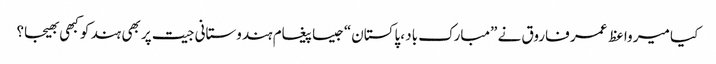
کیا میر واعظ عمر فاروق نے ”مبارک باد ،پاکستان“جیسا پیغام ہندوستانی جیت پر بھی ہند کو کبھی بھیجا؟